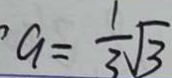
a = \frac { 1 } { 3 } \sqrt { 3 }